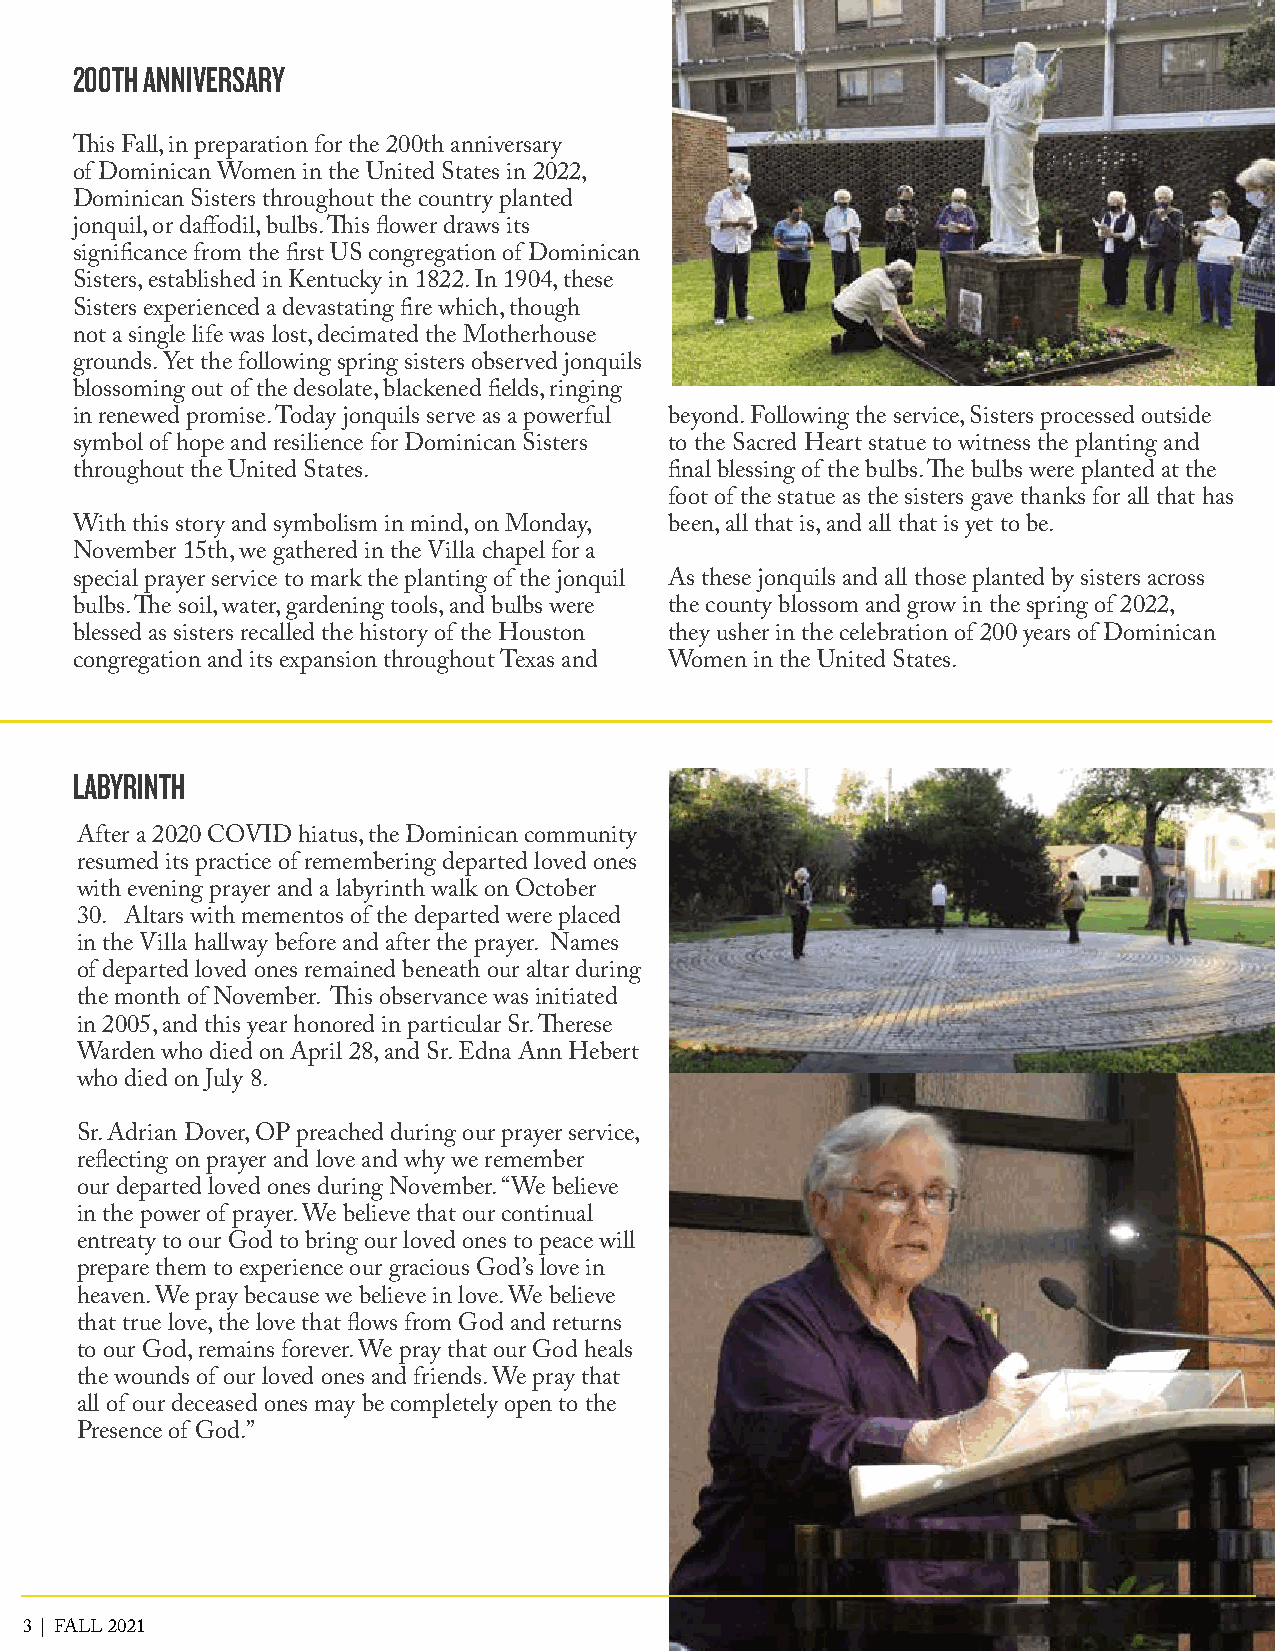
200TH ANNIVERSARY
 This Fall, in preparation for the 200th anniversary
 of Dominican Women in the United States in 2022,
 Dominican Sisters throughout the country planted
 jonquil, or daffodil, bulbs. This flower draws its
 significance from the first US congregation of Dominican
 Sisters, established in Kentucky in 1822. In 1904, these
 Sisters experienced a devastating fire which, though
 not a single life was lost, decimated the Motherhouse
 grounds. Yet the following spring sisters observed jonquils
 blossoming out of the desolate, blackened fields, ringing
 in renewed promise. Today jonquils serve as a powerful beyond. Following the service, Sisters processed outside
 symbol of hope and resilience for Dominican Sisters to the Sacred Heart statue to witness the planting and
 throughout the United States.          final blessing of the bulbs. The bulbs were planted at the
 foot of the statue as the sisters gave thanks for all that has
 With this story and symbolism in mind, on Monday, been, all that is, and all that is yet to be.
 November 15th, we gathered in the Villa chapel for a
 special prayer service to mark the planting of the jonquil As these jonquils and all those planted by sisters across
 bulbs. The soil, water, gardening tools, and bulbs were the county blossom and grow in the spring of 2022,
 blessed as sisters recalled the history of the Houston they usher in the celebration of 200 years of Dominican
 congregation and its expansion throughout Texas and Women in the United States.
 LABYRINTH
 After a 2020 COVID hiatus, the Dominican community
 resumed its practice of remembering departed loved ones
 with evening prayer and a labyrinth walk on October
 30. Altars with mementos of the departed were placed
 in the Villa hallway before and after the prayer. Names
 of departed loved ones remained beneath our altar during
 the month of November. This observance was initiated
 in 2005, and this year honored in particular Sr. Therese
 Warden who died on April 28, and Sr. Edna Ann Hebert
 who died on July 8.
 Sr. Adrian Dover, OP preached during our prayer service,
 reflecting on prayer and love and why we remember
 our departed loved ones during November. “We believe
 in the power of prayer. We believe that our continual
 entreaty to our God to bring our loved ones to peace will
 prepare them to experience our gracious God’s love in
 heaven. We pray because we believe in love. We believe
 that true love, the love that flows from God and returns
 to our God, remains forever. We pray that our God heals
 the wounds of our loved ones and friends. We pray that
 all of our deceased ones may be completely open to the
 Presence of God.”
 3 | FALL 2021